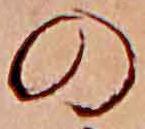
の